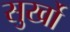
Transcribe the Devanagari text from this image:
सुर्खो